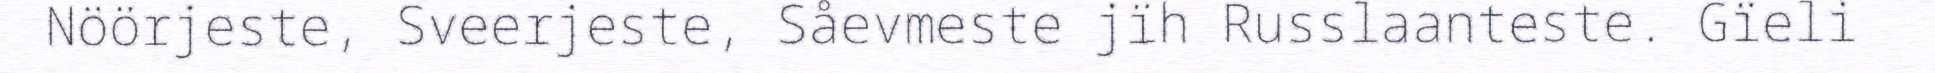
Nöörjeste, Sveerjeste, Såevmeste jïh Russlaanteste. Gïeli